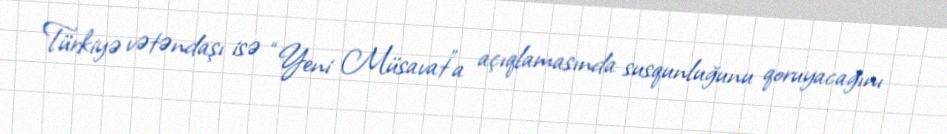
Türkiyə vətəndaşı isə “Yeni Müsavat”a açıqlamasında susqunluğunu qoruyacağını